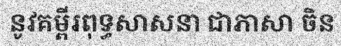
នូវគម្ពីរពុទ្ធសាសនា ជាភាសា ចិន